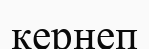
кернеп